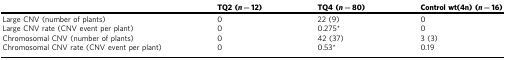
|  | TQ2 (n = 12) | TQ4 (n = 80) | Control wt(4n) (n = 16) |
 | --- | --- | --- | --- |
 | Large CNV (number of plants) | 0 | 22 (9) | 0 |
 | Large CNV rate (CNV event per plant) | 0 | 0.275* | 0 |
 | Chromosomal CNV (number of plants) | 0 | 42 (37) | 3 (3) |
 | Chromosomal CNV rate (CNV event per plant) | 0 | 0.53* | 0.19 |